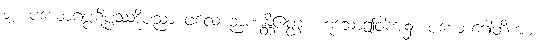
၁၂။ ပယောဂပ္ပဋိပ္ပဿဒ္ဓိပညာ ဖလေ ဉာဏန္တိဧတ္ထ၊ ဟူသောဤဝါကျ၌။ ပယောဂေါတိကား။